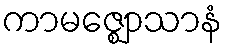
ကာမဇ္ဈောသာနံ